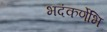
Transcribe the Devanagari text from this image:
भदंकर्णेभि